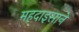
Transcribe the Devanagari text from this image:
महदाइसाने